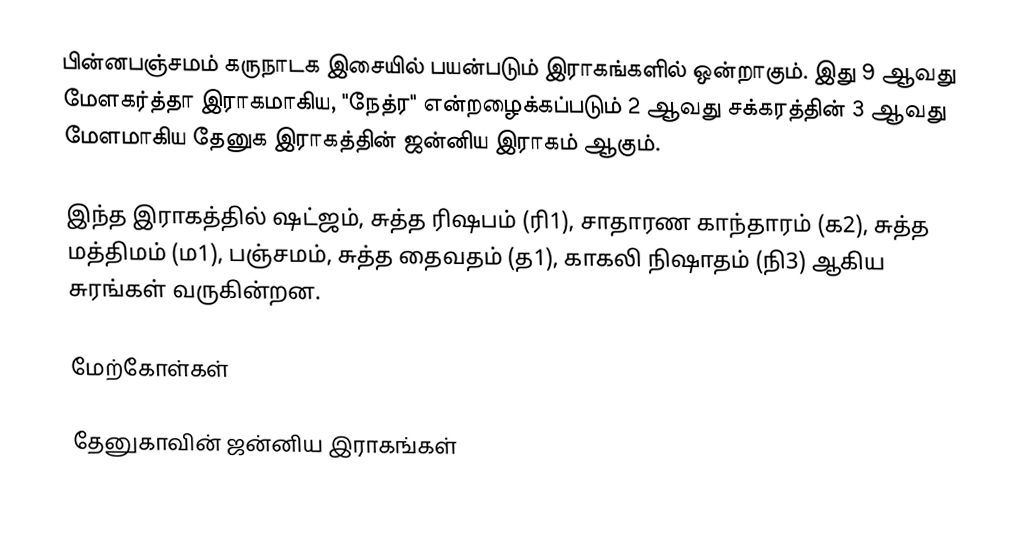
பின்னபஞ்சமம் கருநாடக இசையில் பயன்படும் இராகங்களில் ஒன்றாகும். இது 9 ஆவது மேளகர்த்தா இராகமாகிய, "நேத்ர" என்றழைக்கப்படும் 2 ஆவது சக்கரத்தின் 3 ஆவது மேளமாகிய தேனுக இராகத்தின் ஜன்னிய இராகம் ஆகும்.

இந்த இராகத்தில் ஷட்ஜம், சுத்த ரிஷபம் (ரி1),  சாதாரண காந்தாரம் (க2), சுத்த மத்திமம் (ம1), பஞ்சமம்,  சுத்த தைவதம் (த1), காகலி நிஷாதம்  (நி3) ஆகிய சுரங்கள் வருகின்றன.

மேற்கோள்கள்

தேனுகாவின் ஜன்னிய இராகங்கள்